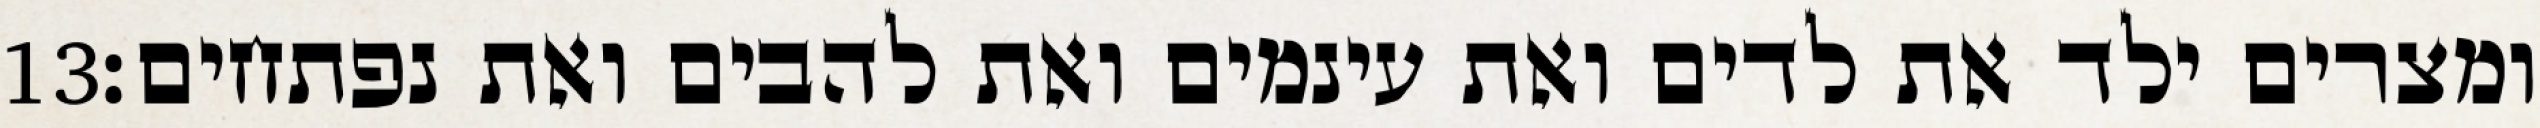
‎13‏ ומצרים ילד את לדים ואת עינמים ואת להבים ואת נפתחים׃